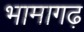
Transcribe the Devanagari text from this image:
भामागढ़